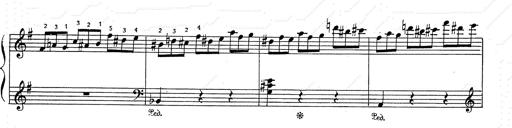
Title: 6 Polish Songs
Composer: Franz Liszt